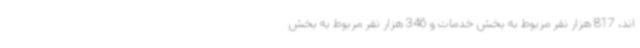
اند، 817 هزار نفر مربوط به بخش خدمات و 346 هزار نفر مربوط به بخش